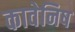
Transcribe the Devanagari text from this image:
कावेनिष